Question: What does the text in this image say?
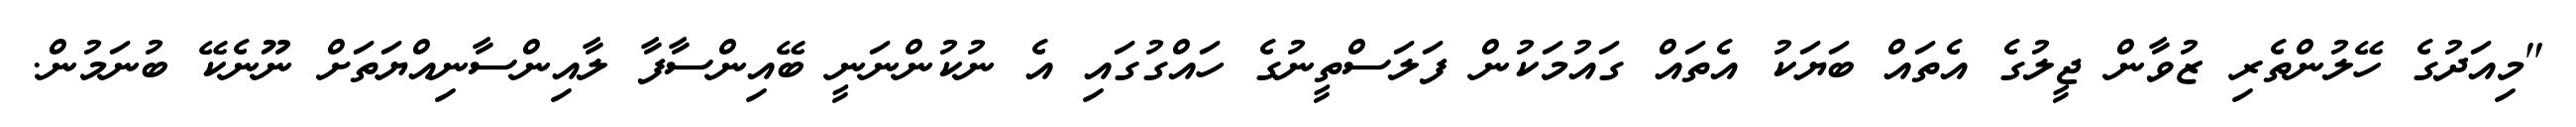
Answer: "މިއަދުގެ ހޭލުންތެރި ޒުވާން ޖީލުގެ އެތައް ބަޔަކު އެތައް ގައުމަކުން ފަލަސްތީނުގެ ހައްގުގައި އެ ނުކުންނަނީ ބޭއިންސާފާ ލާއިންސާނިއްޔަތަށް ނޫނެކޭ ބުނަމުން.